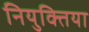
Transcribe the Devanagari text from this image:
नियुक्तिया